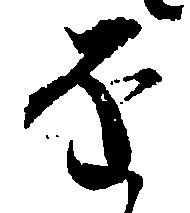
を